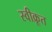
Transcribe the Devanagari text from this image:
स्वीक्रूत